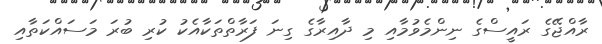
ރާއްޖޭގެ ރައީސްގެ ނިންމެވުމާއި މި ދާއިރާގެ ގިނަ ފަރާތްތަކާއެކު ކުރި ބުރަ މަސައްކަތާއި